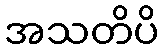
အသတိပိ